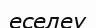
еселеу